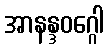
အာနန္ဒဝဂ္ဂေါ